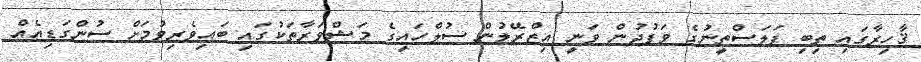
ޤާހިރާގައި ތިބި ފަލަސްތީނުގެ ވަފުދުން ވަނީ އިޒްރޭލުން ސުލްހައިގެ މަޝްވަރާތަކުގައި ބައިވެރިވުމަށް ސުންގަޑިއެއް